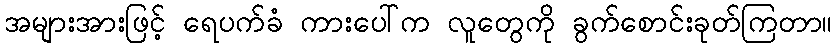
အများအားဖြင့် ရေပက်ခံ ကားပေါ်က လူတွေကို ခွက်စောင်းခုတ်ကြတာ။